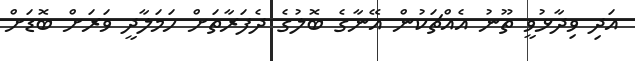
އަދި ވިދާޅުވީ ތޫނު އެއްޗަކުން އޭނާގެ ބޮލުގެ ދެފަރާތަށް ހަމަލާދީ ވަރަށް ބޮޑަށް